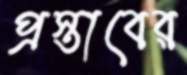
প্রস্তাবের